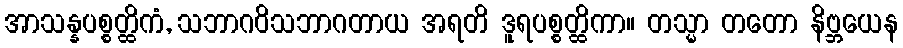
အာသန္နပစ္စတ္ထိကံ, သဘာဂဝိသဘာဂတာယ အရတိ ဒူရပစ္စတ္ထိကာ။ တသ္မာ တတော နိဗ္ဘယေန